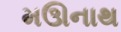
મઊનાથ